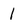
Character: 1